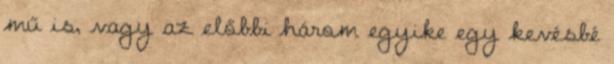
mű is, vagy az előbbi három egyike egy kevésbé